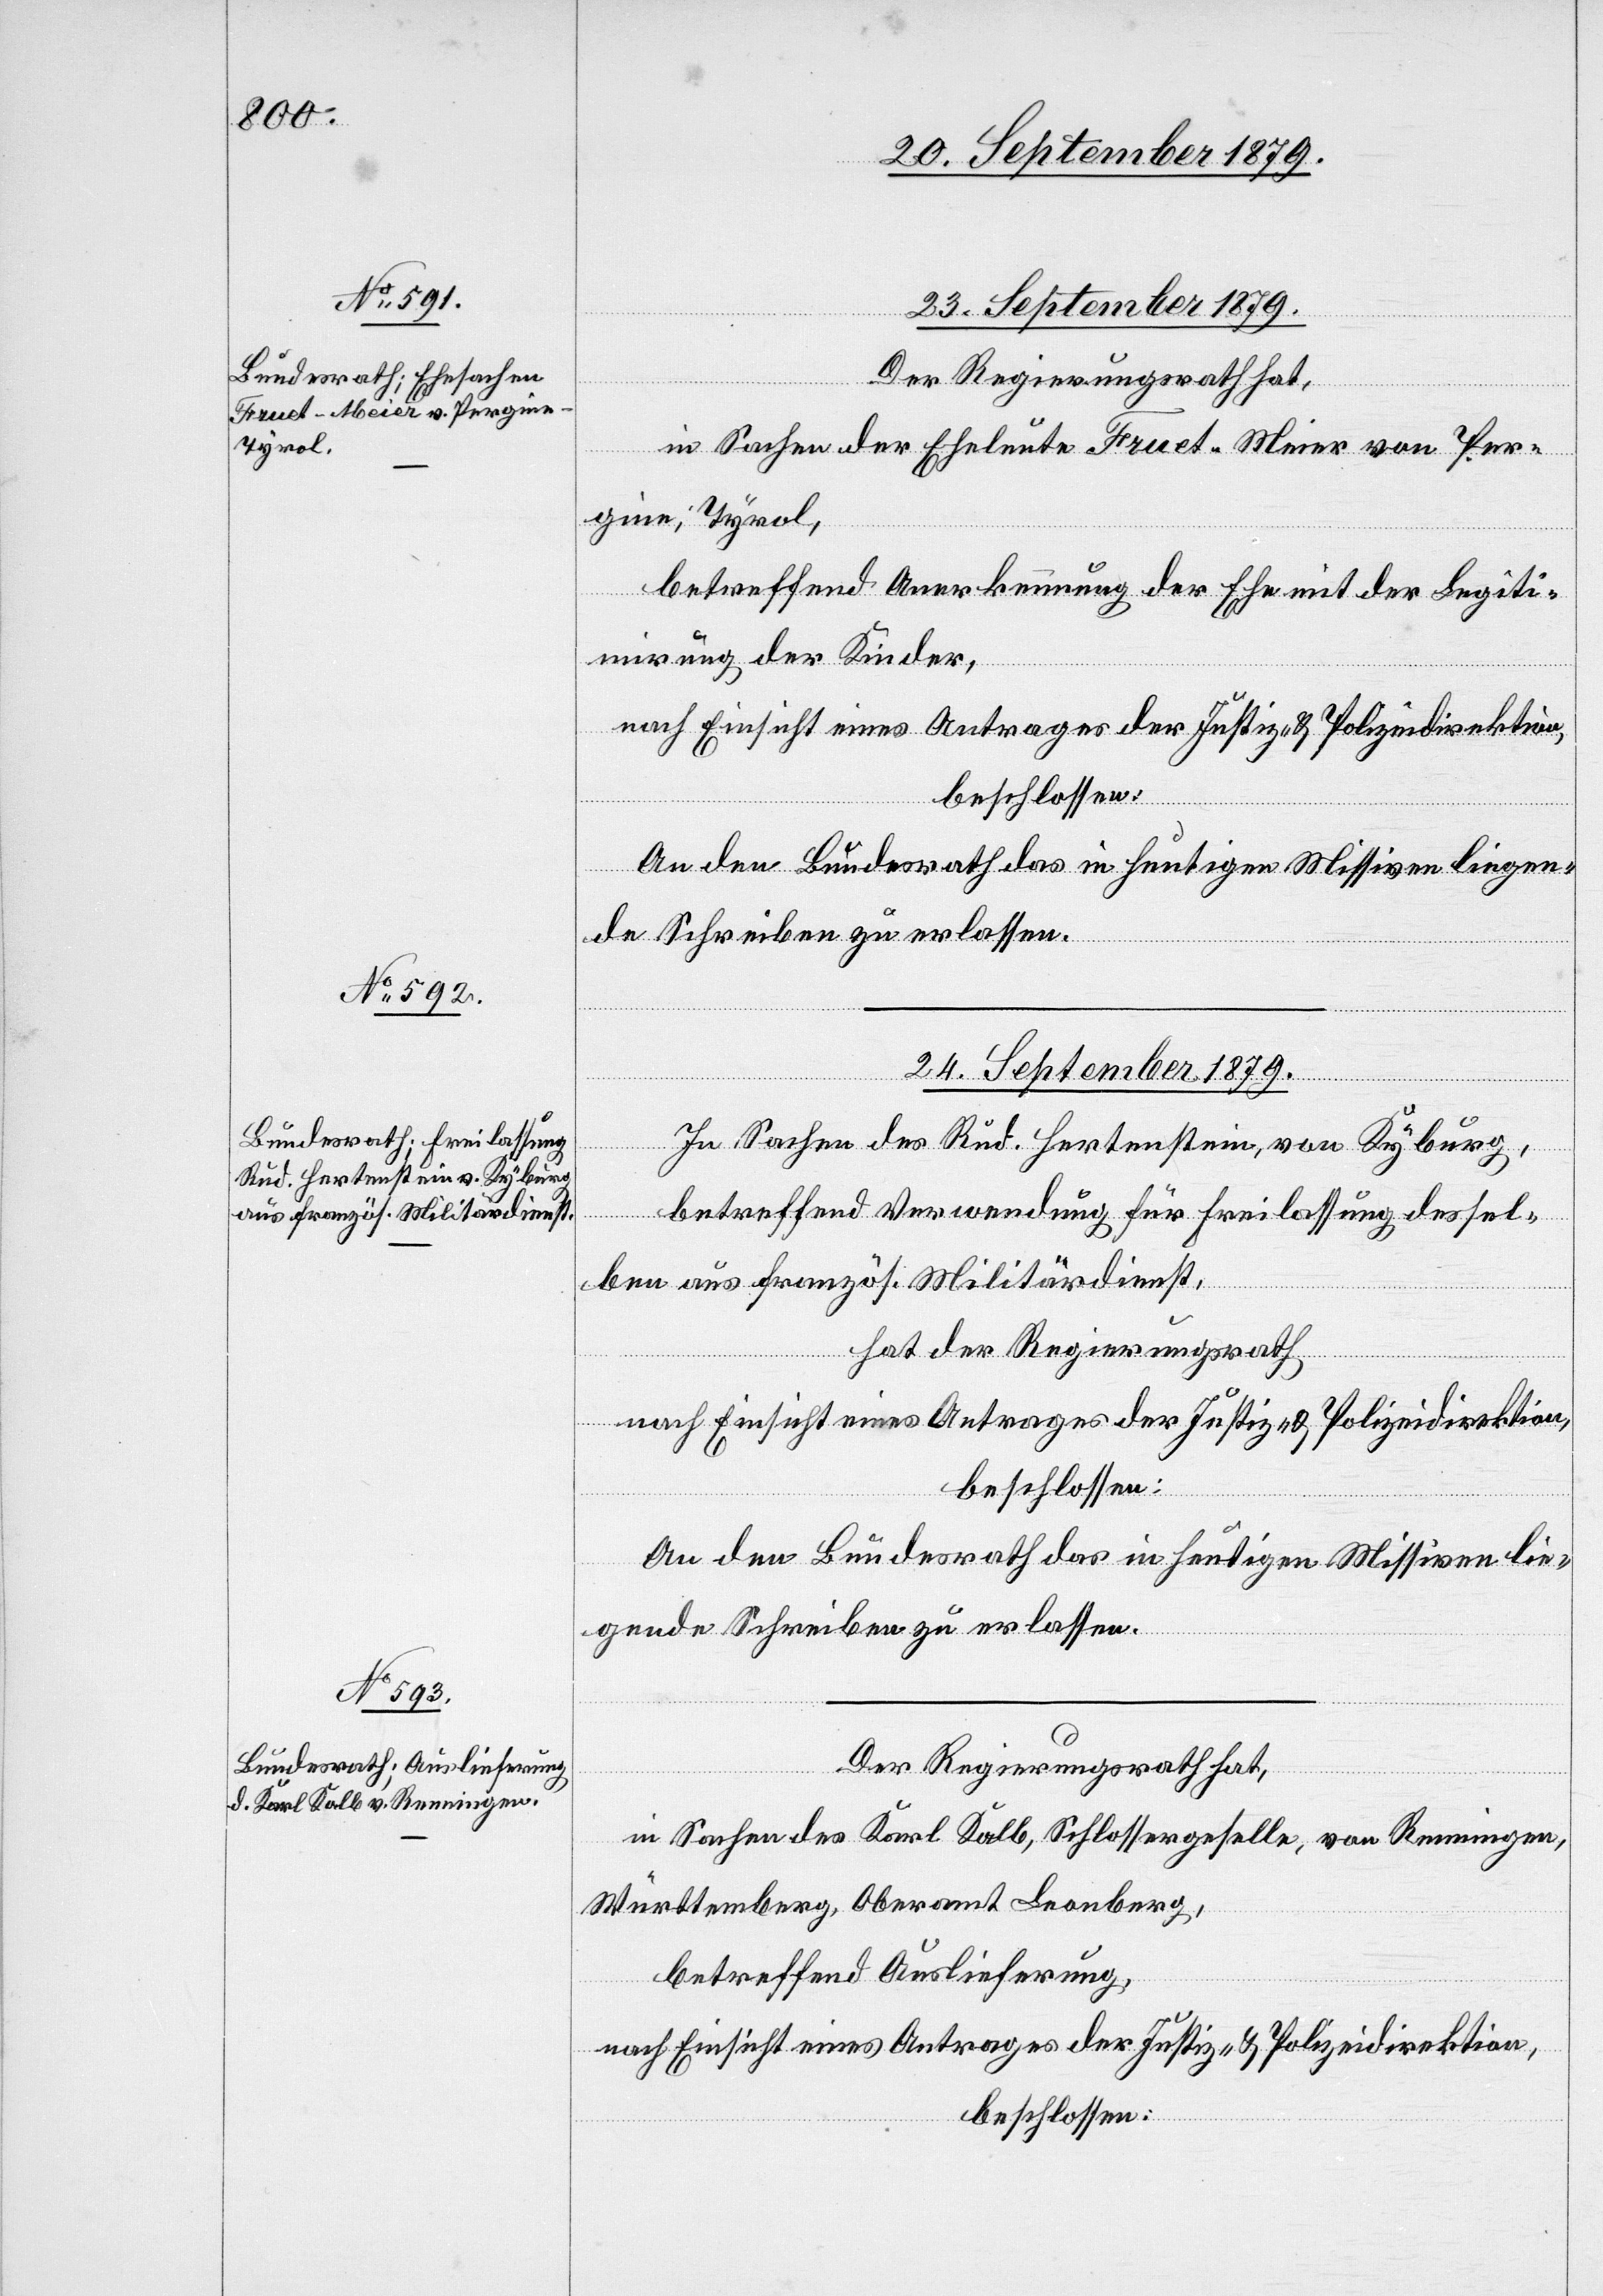
23. September 1879.
Der Regierungsrath hat,
in Sachen der Eheleute Fruet-Meier von Per¬
gine, Tyrol,
betreffend Anerkennung der Ehe mit der Legiti¬
mirung der Kinder,
An den Bundesrath das in heutigen Missiven liegen¬
de Schreiben zu erlassen.
24. September 1879.]
In Sachen des Rud. Hertenstein, von Kyburg,
betreffend Verwendung für Freilassung dessel¬
ben aus französ. Militärdienst,
hat der Regierungsrath
Der Regierungsrath hat,
in Sachen des Karl Kalb, Schlossergeselle, von Renningen,
Württemberg, Oberamt Leonberg,
betreffend Auslieferung,
nach Einsicht eines Antrages der Justiz- & Polizeidirektion,
beschlossen: